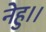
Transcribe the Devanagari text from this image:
नेहु।।